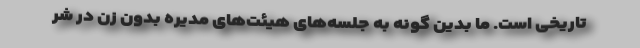
تاریخی است. ما بدین گونه به جلسه‌های هیئت‌های مدیره بدون زن در شر